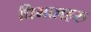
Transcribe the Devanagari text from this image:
धिमालहरु